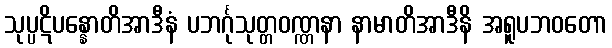
သုပ္ပဋိပန္နောတိအာဒီနံ ပဘင်္ဂုသုတ္တဝဏ္ဏနာ နာမာတိအာဒီနိ အရူပဘဝတော